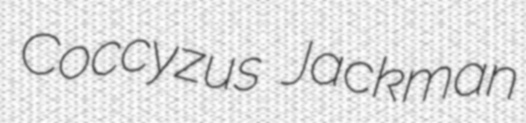
Coccyzus Jackman